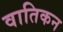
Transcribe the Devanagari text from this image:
वातिकन